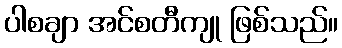
ပါစချာ အင်စတီကျု ဖြစ်သည်။